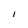
Character: I